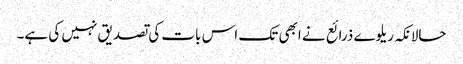
حالانکہ ریلوے ذرائع نے ابھی تک اس بات کی تصدیق نہیں کی ہے۔